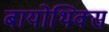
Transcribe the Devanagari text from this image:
बायोथिक्स